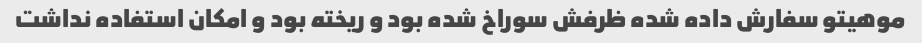
موهیتو سفارش داده شده ظرفش سوراخ شده بود و ریخته بود و امکان استفاده نداشت